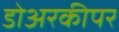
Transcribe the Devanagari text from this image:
डोअरकीपर